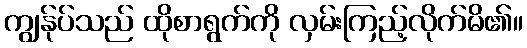
ကျွန်ုပ်သည် ထိုစာရွက်ကို လှမ်းကြည့်လိုက်မိ၏။